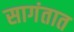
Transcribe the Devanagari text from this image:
सागंतात